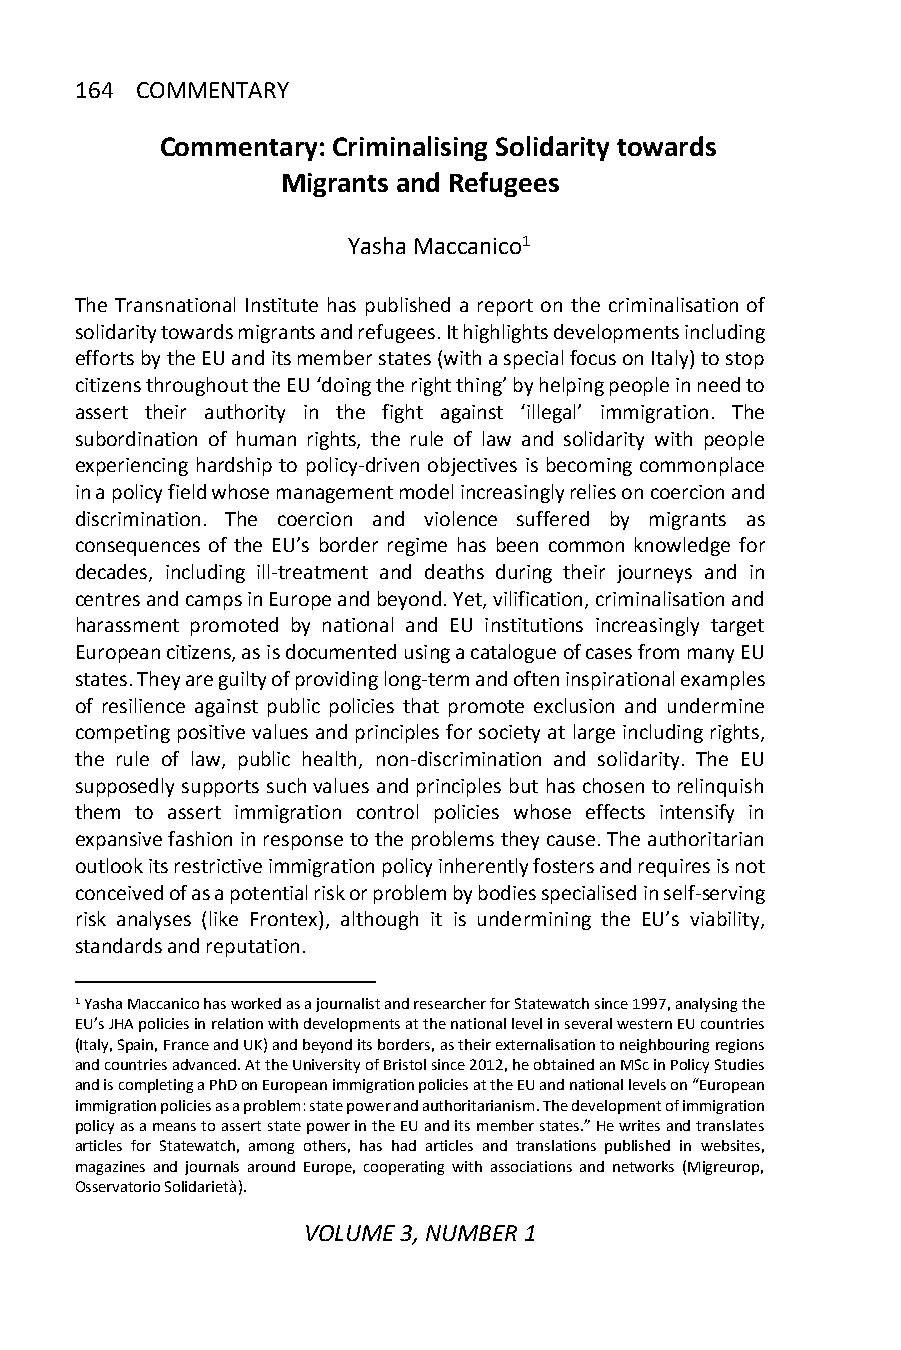
164 COMMENTARY
 Commentary: Criminalising Solidarity towards
 Migrants and Refugees
 Yasha Maccanico1
 The Transnational Institute has published a report on the criminalisation of
 solidarity towards migrants and refugees. It highlights developments including
 efforts by the EU and its member states (with a special focus on Italy) to stop
 citizens throughout the EU ‘doing the right thing’ by helping people in need to
 assert their authority in the fight against ‘illegal’ immigration. The
 subordination of human rights, the rule of law and solidarity with people
 experiencing hardship to policy-driven objectives is becoming commonplace
 in a policy field whose management model increasingly relies on coercion and
 discrimination. The coercion and violence suffered by migrants as
 consequences of the EU’s border regime has been common knowledge for
 decades, including ill-treatment and deaths during their journeys and in
 centres and camps in Europe and beyond. Yet, vilification, criminalisation and
 harassment promoted by national and EU institutions increasingly target
 European citizens, as is documented using a catalogue of cases from many EU
 states. They are guilty of providing long-term and often inspirational examples
 of resilience against public policies that promote exclusion and undermine
 competing positive values and principles for society at large including rights,
 the rule of law, public health, non-discrimination and solidarity. The EU
 supposedly supports such values and principles but has chosen to relinquish
 them to assert immigration control policies whose effects intensify in
 expansive fashion in response to the problems they cause. The authoritarian
 outlook its restrictive immigration policy inherently fosters and requires is not
 conceived of as a potential risk or problem by bodies specialised in self-serving
 risk analyses (like Frontex), although it is undermining the EU’s viability,
 standards and reputation.
 1 Yasha Maccanico has worked as a journalist and researcher for Statewatch since 1997, analysing the
 EU’s JHA policies in relation with developments at the national level in several western EU countries
 (Italy, Spain, France and UK) and beyond its borders, as their externalisation to neighbouring regions
 and countries advanced. At the University of Bristol since 2012, he obtained an MSc in Policy Studies
 and is completing a PhD on European immigration policies at the EU and national levels on “European
 immigration policies as a problem: state power and authoritarianism. The development of immigration
 policy as a means to assert state power in the EU and its member states.” He writes and translates
 articles for Statewatch, among others, has had articles and translations published in websites,
 magazines and journals around Europe, cooperating with associations and networks (Migreurop,
 Osservatorio Solidarietà).
 VOLUME 3, NUMBER 1